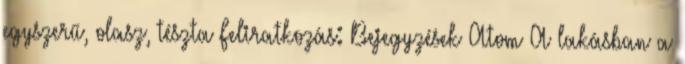
egyszerű, olasz, tészta Feliratkozás: Bejegyzések Atom A lakásban a